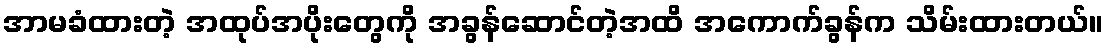
အာမခံထားတဲ့ အထုပ်အပိုးတွေကို အခွန်ဆောင်တဲ့အထိ အကောက်ခွန်က သိမ်းထားတယ်။